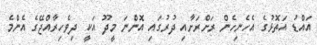
އައްޑު އަތޮޅުގެ އެހެނިހެން ރަށްރަށާއި ދުރުގައި އޮންނަ މީދޫ އަކީ ދިވެހިރާއްޖޭގެ އެންމެ